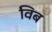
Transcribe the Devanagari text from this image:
विब